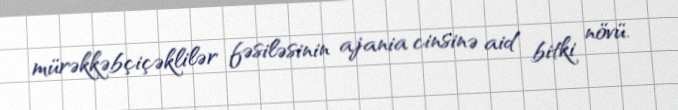
mürəkkəbçiçəklilər fəsiləsinin ajania cinsinə aid bitki növü.